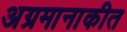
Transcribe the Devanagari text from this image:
अग्रमानाकीत